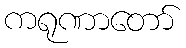
ကရုဏာတော်